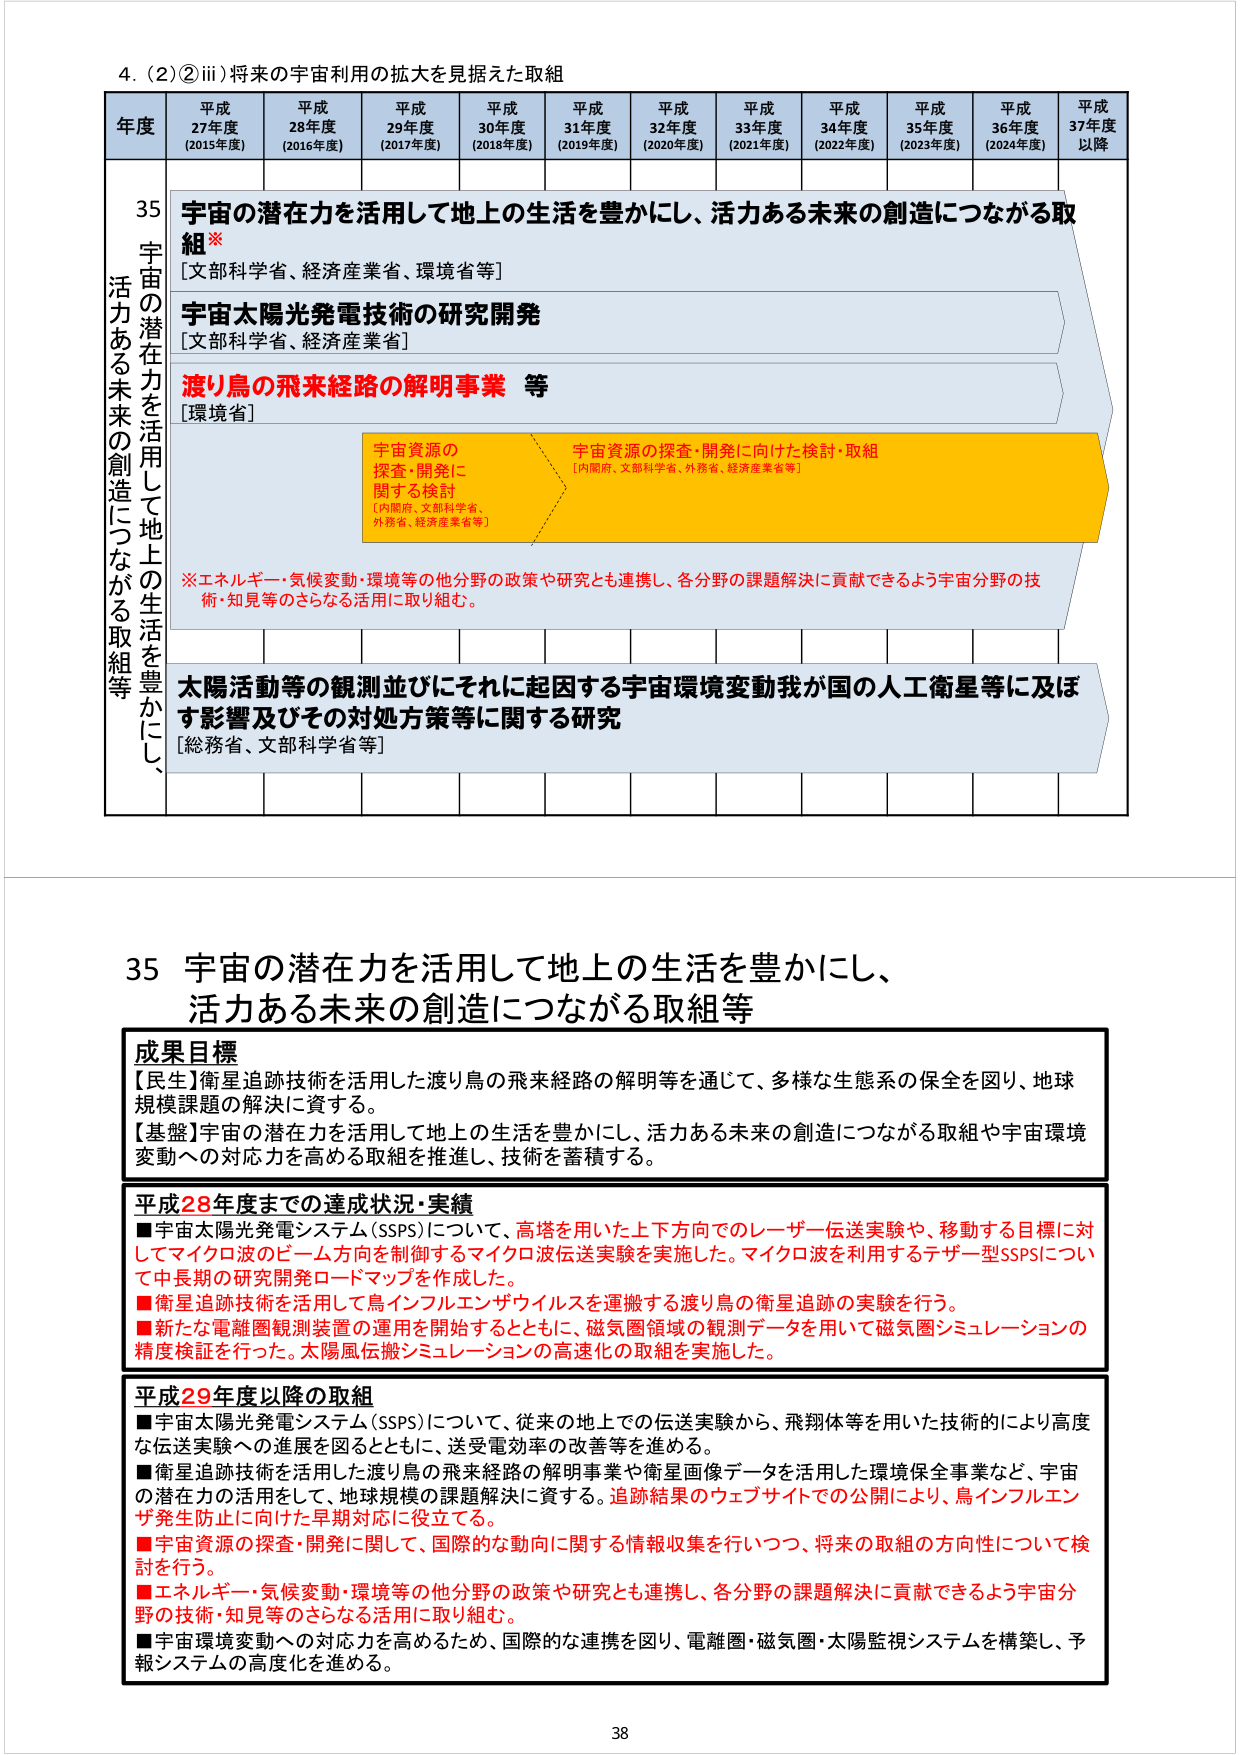
4. (2) ② iii) 将来の宇宙利用の拡大を見据えた取組

年度 平成27年度 (2015年度) 平成28年度 (2016年度) 平成29年度 (2017年度) 平成30年度 (2018年度) 平成31年度 (2019年度) 平成32年度 (2020年度) 平成33年度 (2021年度) 平成34年度 (2022年度) 平成35年度 (2023年度) 平成36年度 (2024年度) 平成37年度以降

35 宇宙の潜在力を活用して地上の生活を豊かにし、活力ある未来の創造につながる取組等

宇宙の潜在力を活用して地上の生活を豊かにし、活力ある未来の創造につながる取組※
[文部科学省、経済産業省、環境省等]

宇宙太陽光発電技術の研究開発
[文部科学省、経済産業省]

渡り鳥の飛来経路の解明事業 等
[環境省]

宇宙資源の探査・開発に関する検討
[内閣府、文部科学省、外務省、経済産業省等]

宇宙資源の探査・開発に向けた検討・取組
[内閣府、文部科学省、外務省、経済産業省等]

※エネルギー・気候変動・環境等の他分野の政策や研究とも連携し、各分野の課題解決に貢献できるよう宇宙分野の技術・知見等のさらなる活用に取り組む。

太陽活動等の観測並びにそれに起因する宇宙環境変動我が国的人工衛星等に及ぼす影響及びその対処方策等に関する研究
[総務省、文部科学省等]

35 宇宙の潜在力を活用して地上の生活を豊かにし、活力ある未来の創造につながる取組等

成果目標
【民生】衛星追跡技術を活用した渡り鳥の飛来経路の解明等を通じて、多様な生態系の保全を図り、地球規模課題の解決に資する。
【基盤】宇宙の潜在力を活用して地上の生活を豊かにし、活力ある未来の創造につながる取組や宇宙環境変動への対応力を高める取組を推進し、技術を蓄積する。

平成28年度までの達成状況・実績
■宇宙太陽光発電システム（SSPS）について、高塔を用いた上下方向でのレーザー伝送実験や、移動する目標に対してマイクロ波のビーム方向を制御するマイクロ波伝送実験を実施した。マイクロ波を利用するテザー型SSPSについて中長期の研究開発ロードマップを作成した。
■衛星追跡技術を活用して鳥インフルエンザウイルスを運搬する渡り鳥の衛星追跡の実験を行う。
■新たな電離圏観測装置の運用を開始するとともに、磁気圏領域の観測データを用いて磁気圏シミュレーションの精度検証を行った。太陽風伝搬シミュレーションの高速化の取組を実施した。

平成29年度以降の取組
■宇宙太陽光発電システム（SSPS）について、従来の地上での伝送実験から、飛翔体等を用いた技術的により高度な伝送実験への進展を図るとともに、送受電効率の改善等を進める。
■衛星追跡技術を活用した渡り鳥の飛来経路の解明事業や衛星画像データを活用した環境保全事業など、宇宙の潜在力の活用をして、地球規模の課題解決に資する。追跡結果のウェブサイトでの公開により、鳥インフルエンザ発生防止に向けた早期対応に役立てる。
■宇宙資源の探査・開発に関して、国際的な動向に関する情報収集を行いつつ、将来の取組の方向性について検討を行う。
■エネルギー・気候変動・環境等の他分野の政策や研究とも連携し、各分野の課題解決に貢献できるよう宇宙分野の技術・知見等のさらなる活用に取り組む。
■宇宙環境変動への対応力を高めるため、国際的な連携を図り、電離圏・磁気圏・太陽監視システムを構築し、予報システムの高度化を進める。

38